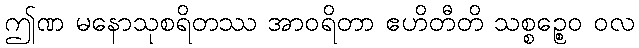
ဤဏ မနောသုစရိတဿ အာဝရိတာ ဧဟိတီတိ သစ္စဉ္စေဝ ဝလ